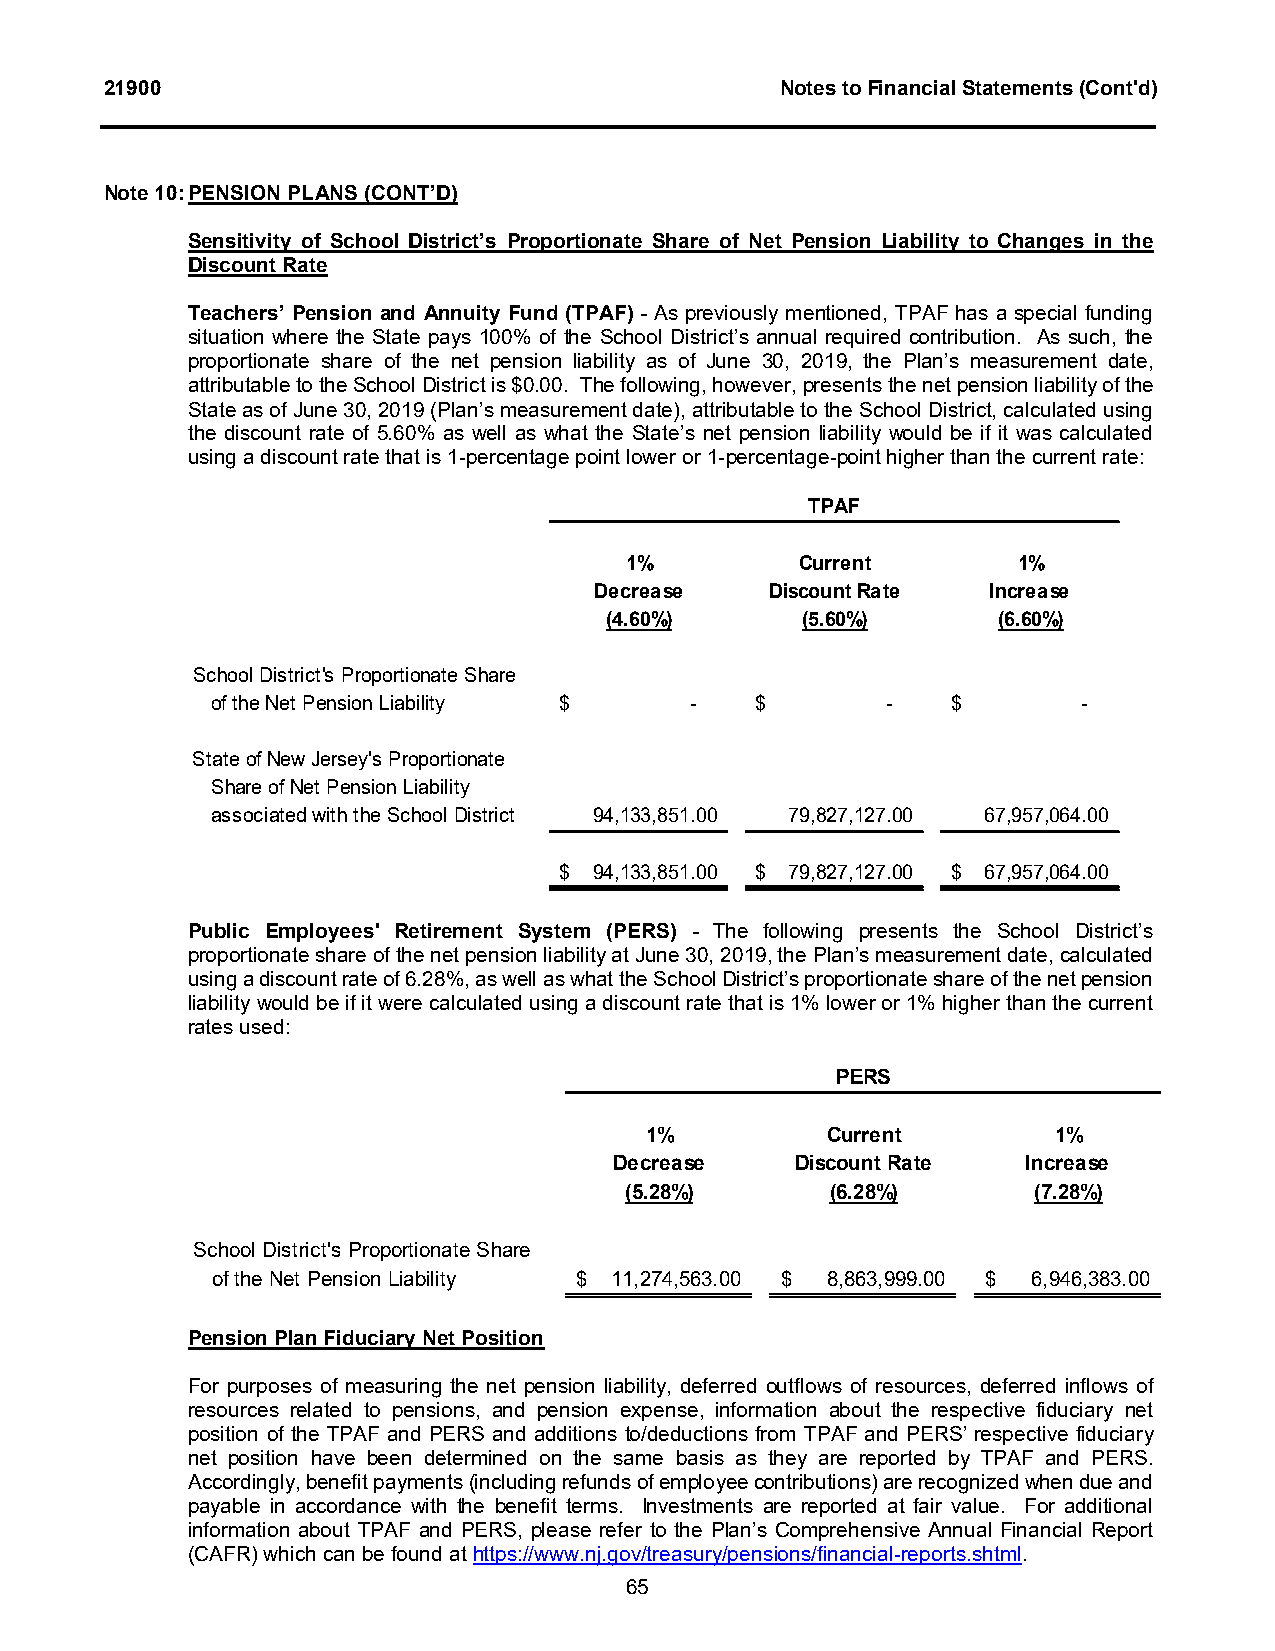
21900                                        Notes to Financial Statements (Cont'd)
 Note 10:PENSION PLANS(CONT’D)
 Sensitivity of School District’s Proportionate Share of Net Pension Liability to Changes in the
 Discount Rate
 Teachers’ Pension and Annuity Fund (TPAF) - As previously mentioned, TPAF has a special funding
 situation where the State pays 100% of the School District’s annual required contribution. As such, the
 proportionate share of the net pension liability as of June 30, 2019, the Plan’s measurement date,
 attributable to the School District is $0.00. The following, however, presents the net pension liability of the
 Stateas of June 30, 2019 (Plan’s measurement date), attributable to the School District, calculated using
 the discount rate of 5.60% as well as what the State’s net pension liability would be if it was calculated
 using a discount rate that is 1-percentage point lower or 1-percentage-point higher than the current rate:
 TPAF
 1%          Current       1%
 Decrease    Discount Rate Increase
 (4.60%)      (5.60%)      (6.60%)
 School District's Proportionate Share
 of the Net Pension Liability $  -   $        -   $        -
 State of New Jersey's Proportionate
 Share of Net Pension Liability
 associated with the School District 94,133,851.00 79,827,127.00 67,957,064.00
 $ 94,133,851.00 $ 79,827,127.00 $ 67,957,064.00
 Public Employees' Retirement System (PERS) - The following presents the School District’s
 proportionate share of the net pension liability at June 30, 2019, the Plan’s measurement date,calculated
 using a discount rate of 6.28%, as well as what the School District’s proportionate share of the net pension
 liability would be if it were calculated using a discount rate that is 1% lower or 1% higher than the current
 rates used:
 PERS
 1%          Current        1%
 Decrease    Discount Rate  Increase
 (5.28%)       (6.28%)      (7.28%)
 School District's Proportionate Share
 of the Net Pension Liability $ 11,274,563.00 $ 8,863,999.00 $ 6,946,383.00
 Pension Plan Fiduciary Net Position
 For purposes of measuring the net pension liability, deferred outflows of resources, deferred inflows of
 resources related to pensions, and pension expense, information about the respective fiduciary net
 position of the TPAF and PERS and additions to/deductions from TPAF and PERS’ respective fiduciary
 net position have been determined on the same basis as they are reported by TPAF and PERS.
 Accordingly, benefit payments (including refunds of employee contributions) are recognized when due and
 payable in accordance with the benefit terms. Investments are reported at fair value. For additional
 information about TPAF and PERS, please refer to the Plan’s Comprehensive Annual Financial Report
 (CAFR) which can be found athttps://www.nj.gov/treasury/pensions/financial-reports.shtml.
 65